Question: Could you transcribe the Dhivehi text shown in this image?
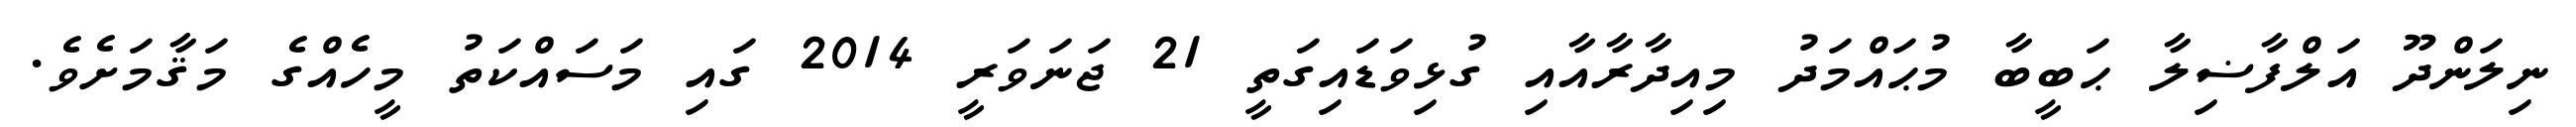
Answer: ނިލަންދޫ އަލްފާޟިލާ ޙަބީބާ މުޙައްމަދު މިއިދާރާއާއި ގުޅިވަޑައިގަތީ 21 ޖަނަވަރީ 2014 ގައި މަސައްކަތު މީހެއްގެ މަޤާމަށެވެ.